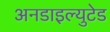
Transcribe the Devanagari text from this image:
अनडाइल्युटेड